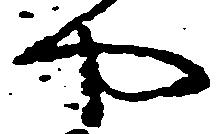
や